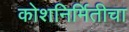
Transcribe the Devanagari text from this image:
कोशनिर्मितीचा